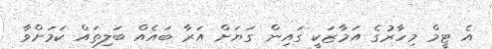
އެ ޓީމް މިހާރުގެ އަމާޒަކީ ގައިން ގަޔަށް އަރާ ބައެއް ބަލިތައް ކަމަށްވާ